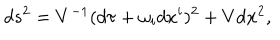
d s ^ { 2 } = V ^ { - 1 } ( d \tau + \omega _ { i } d x ^ { i } ) ^ { 2 } + V d { \bf x } ^ { 2 } ,